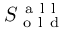
S _ { \mathrm { ~ o ~ l ~ d ~ } } ^ { \mathrm { ~ a ~ l ~ l ~ } }